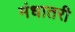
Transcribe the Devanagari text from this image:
मंधातरी